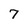
Character: 7